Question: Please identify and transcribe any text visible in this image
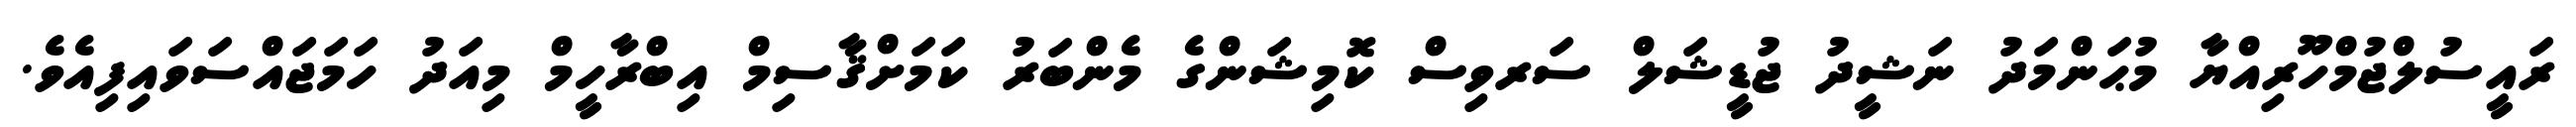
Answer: ރައީސުލްޖުމްހޫރިއްޔާ މުޙަންމަދު ނަޝީދު ޖުޑީޝަލް ސަރވިސް ކޮމިޝަންގެ މެންބަރު ކަމަށްޤާސިމް އިބްރާހީމް މިއަދު ހަމަޖައްސަވައިފިއެވެ.